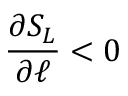
\frac { \partial S _ { L } } { \partial \ell } < 0